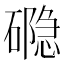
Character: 𮁉